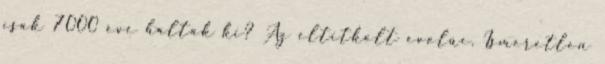
csak 7000 éve haltak ki? Az eltitkolt evolúc. Ismeretlen